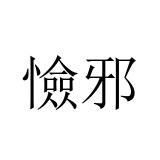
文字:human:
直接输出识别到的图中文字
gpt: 憸邪